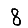
Digit: 8